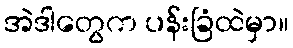
အဲဒါတွေက ပန်းခြံထဲမှာ။